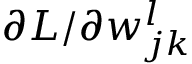
\partial L / \partial w _ { j k } ^ { l }